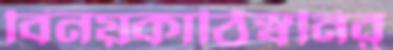
বিনয়কাঠিস্বনির্